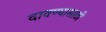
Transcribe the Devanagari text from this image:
दावण्यासाठी